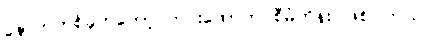
နောက်တစ်ခုကတော့ ကင်းထောက် စီမံကိန်း ဖြစ်ပါတယ်။